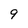
Character: 9